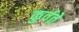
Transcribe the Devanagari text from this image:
कुर्वते